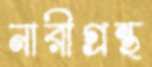
নারীগ্রন্থ